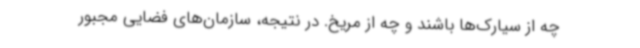
چه از سیارک‌ها باشند و چه از مریخ. در نتیجه، سازمان‌های فضایی مجبور